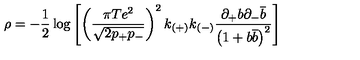
\rho = - \frac { 1 } { 2 } \log \left[ \left( \frac { \pi T e ^ { 2 } } { \sqrt { 2 p _ { + } p _ { - } } } \right) ^ { 2 } k _ { ( + ) } k _ { ( - ) } \frac { \partial _ { + } b \partial _ { - } \overline { { b } } } { \left( 1 + b \overline { { b } } \right) ^ { 2 } } \right]